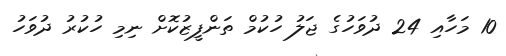
10 މަހާއި 24 ދުވަހުގެ ޖަލު ހުކުމް ތަންފީޒުކޮށް ނިމި ހުކުރު ދުވަހު